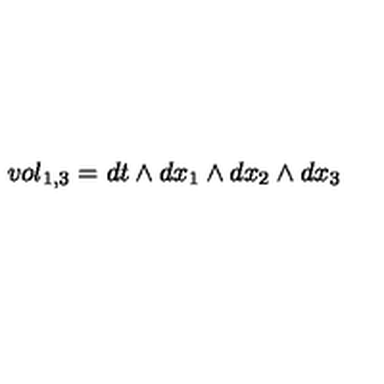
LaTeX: v o l _ { 1 , 3 } = d t \wedge d x _ { 1 } \wedge d x _ { 2 } \wedge d x _ { 3 }